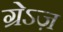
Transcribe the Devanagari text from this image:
ग्रेऽज़